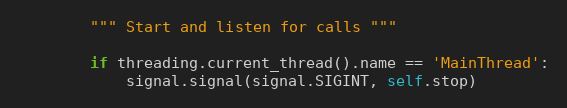
Language: Python
        """ Start and listen for calls """

        if threading.current_thread().name == 'MainThread':
            signal.signal(signal.SIGINT, self.stop)